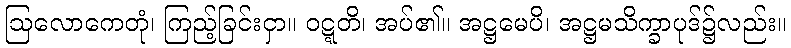
ဩလောကေတုံ၊ ကြည့်ခြင်းငှာ။ ဝဋ္ဋတိ၊ အပ်၏။ အဋ္ဌမေပိ၊ အဋ္ဌမသိက္ခာပုဒ်၌လည်း။